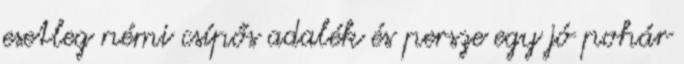
esetleg némi csípős adalék és persze egy jó pohár